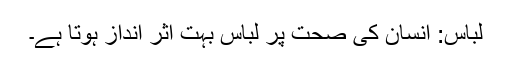
لباس: انسان کی صحت پر لباس بہت اثر انداز ہوتا ہے۔